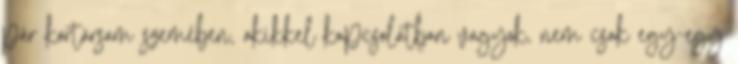
pár kortársam szemében, akikkel kapcsolatban vagyok, nem csak egy-egy